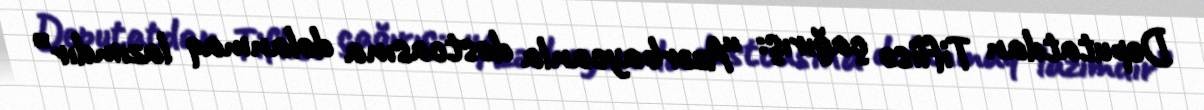
Deputatdan Tiflisə çağırış: “Azərbaycanla dostcasına dolanmaq lazımdır”